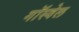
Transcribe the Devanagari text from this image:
गॉस्वेल